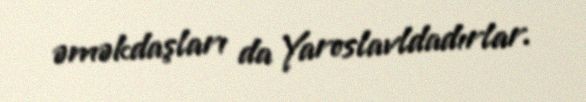
əməkdaşları da Yaroslavldadırlar.